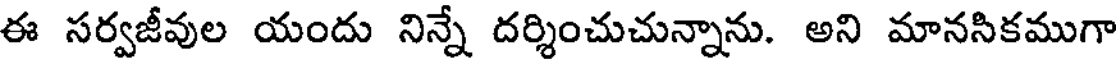
ఈ సర్వజీవుల యందు నిన్నే దర్శించుచున్నాను. అని మానసికముగా